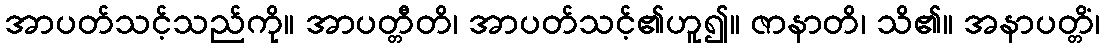
အာပတ်သင့်သည်ကို။ အာပတ္တီတိ၊ အာပတ်သင့်၏ဟူ၍။ ဇာနာတိ၊ သိ၏။ အနာပတ္တိံ၊